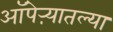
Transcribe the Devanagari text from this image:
ऑपेऱ्यातल्या